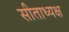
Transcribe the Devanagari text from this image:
सीताध्यक्ष